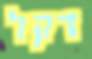
דקל